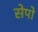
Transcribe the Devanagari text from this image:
सेपो